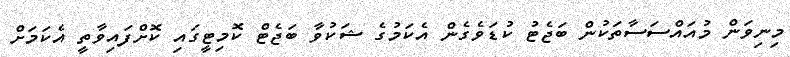
މިނިވަން މުއައްސަސާތަކުން ބަޖެޓު ކުޑަވެގެން އެކަމުގެ ޝަކުވާ ބަޖެޓް ކޮމިޓީގައި ކޮށްފައިވާތީ އެކަމަށް